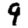
Digit: 9